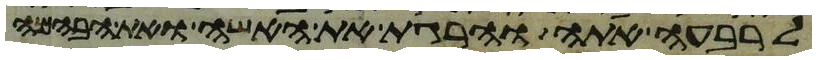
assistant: לרבעה אתה והרגת את האשה ואת הבהמה